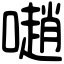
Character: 𡁻